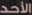
الأحد